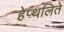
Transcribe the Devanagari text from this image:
हेप्थलिते